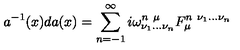
a ^ { - 1 } ( x ) d a ( x ) = \sum _ { n = - 1 } ^ { \infty } i \omega _ { \nu _ { 1 } \dots \nu _ { n } } ^ { n \ \mu } F _ { \mu } ^ { n \ \nu _ { 1 } \dots \nu _ { n } }